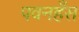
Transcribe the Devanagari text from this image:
पवनहँस